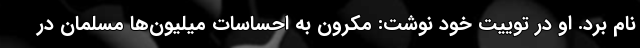
نام برد. او در توییت خود نوشت: مکرون به احساسات میلیون‌ها مسلمان در